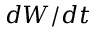
d W / d t